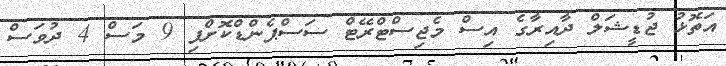
އަތޮޅު ޖުޑީޝަލް ދާއިރާގެ އިސް މެޖިސްޓްރޭޓް ސަސްޕެންޑްކޮށްފި 9 މަސް 4 ދުވަސް